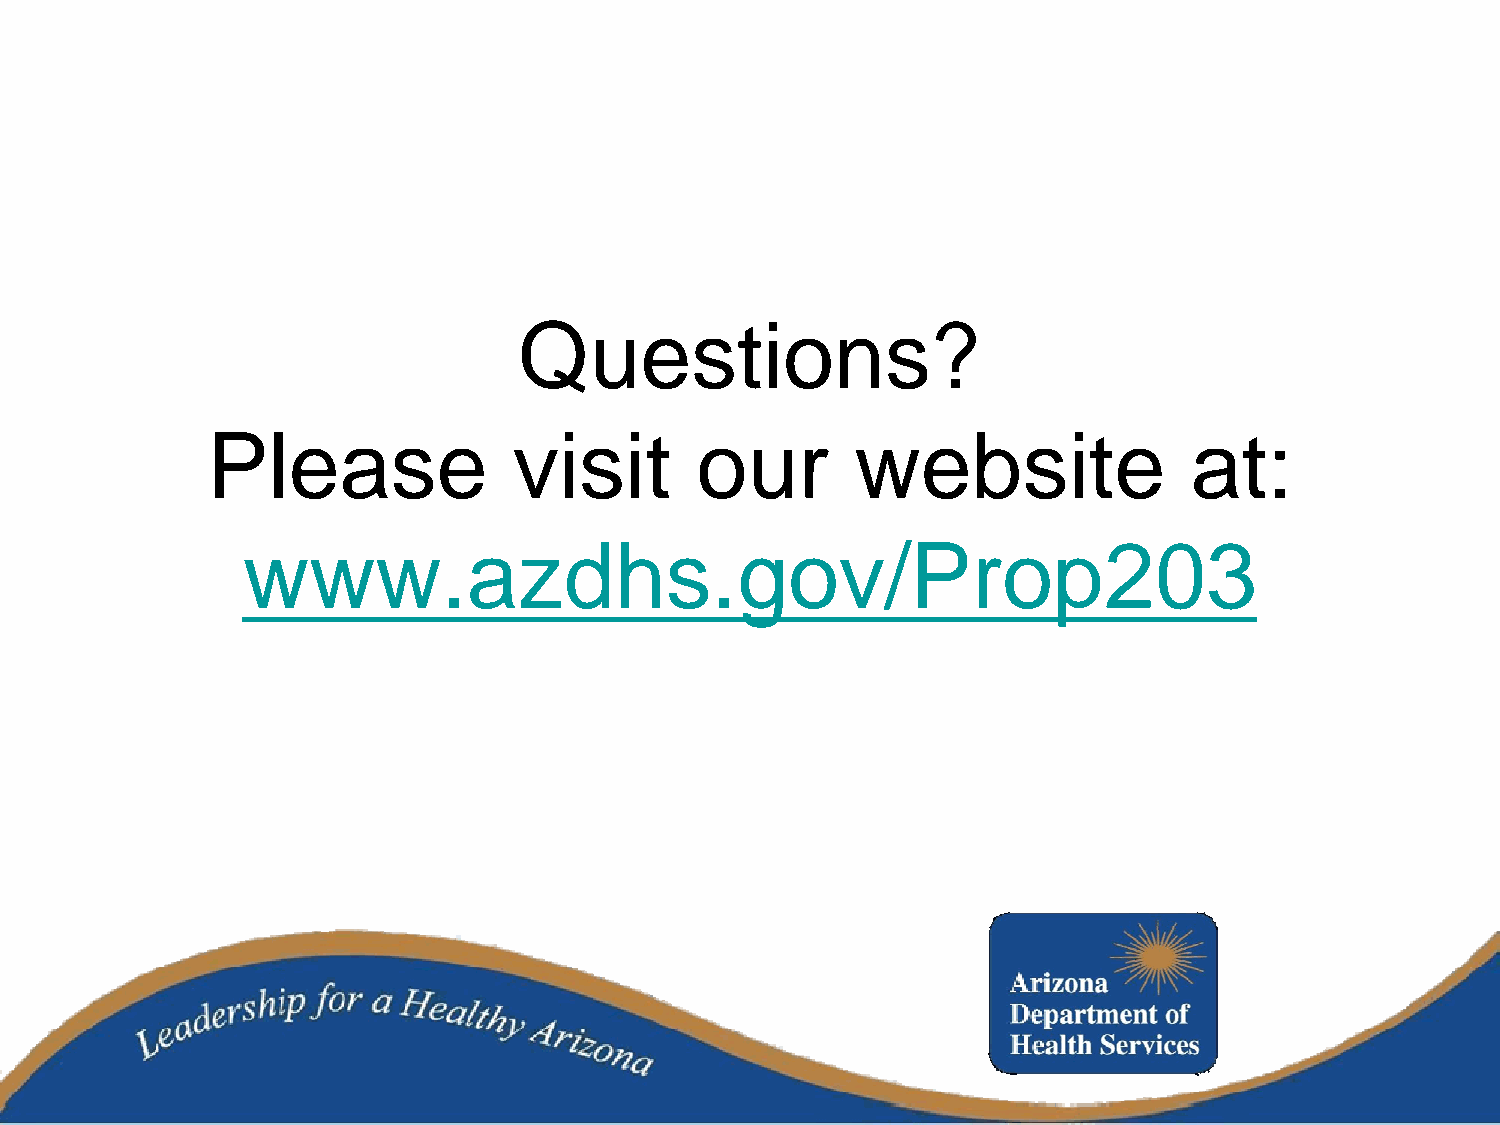
Questions?
 Please              visit       our        website               at:
 www.azdhs.gov/Prop203